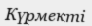
Күрмекті